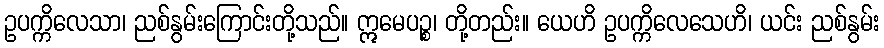
ဥပက္ကိလေသာ၊ ညစ်နွမ်းကြောင်းတို့သည်။ ဣမေပဉ္စ၊ တို့တည်း။ ယေဟိ ဥပက္ကိလေသေဟိ၊ ယင်း ညစ်နွမ်း